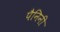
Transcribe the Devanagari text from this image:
पैनिनी